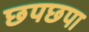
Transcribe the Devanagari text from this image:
छपछपा